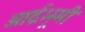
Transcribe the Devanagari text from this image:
आर्द्रभूमी